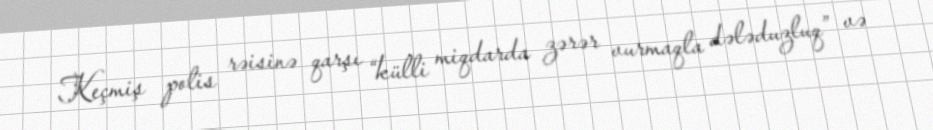
Keçmiş polis rəisinə qarşı “külli miqdarda zərər vurmaqla dələduzluq” və